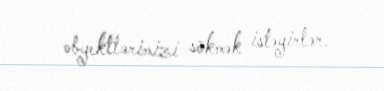
obyektlərimizi sökmək istəyirlər.